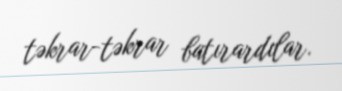
təkrar-təkrar batırardılar.